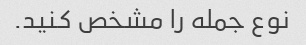
نوع جمله را مشخص کنید.